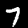
Label: 7